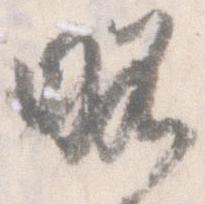
略